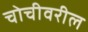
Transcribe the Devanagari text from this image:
चोचीवरील